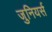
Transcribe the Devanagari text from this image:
जुनियर्स